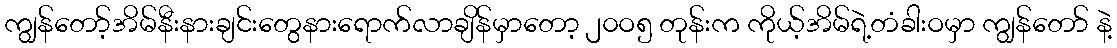
ကျွန်တော့်အိမ်နီးနားချင်းတွေနားရောက်လာချိန်မှာတော့ ၂၀ဝ၅ တုန်းက ကိုယ့်အိမ်ရဲ့တံခါးဝမှာ ကျွန်တော် နဲ့